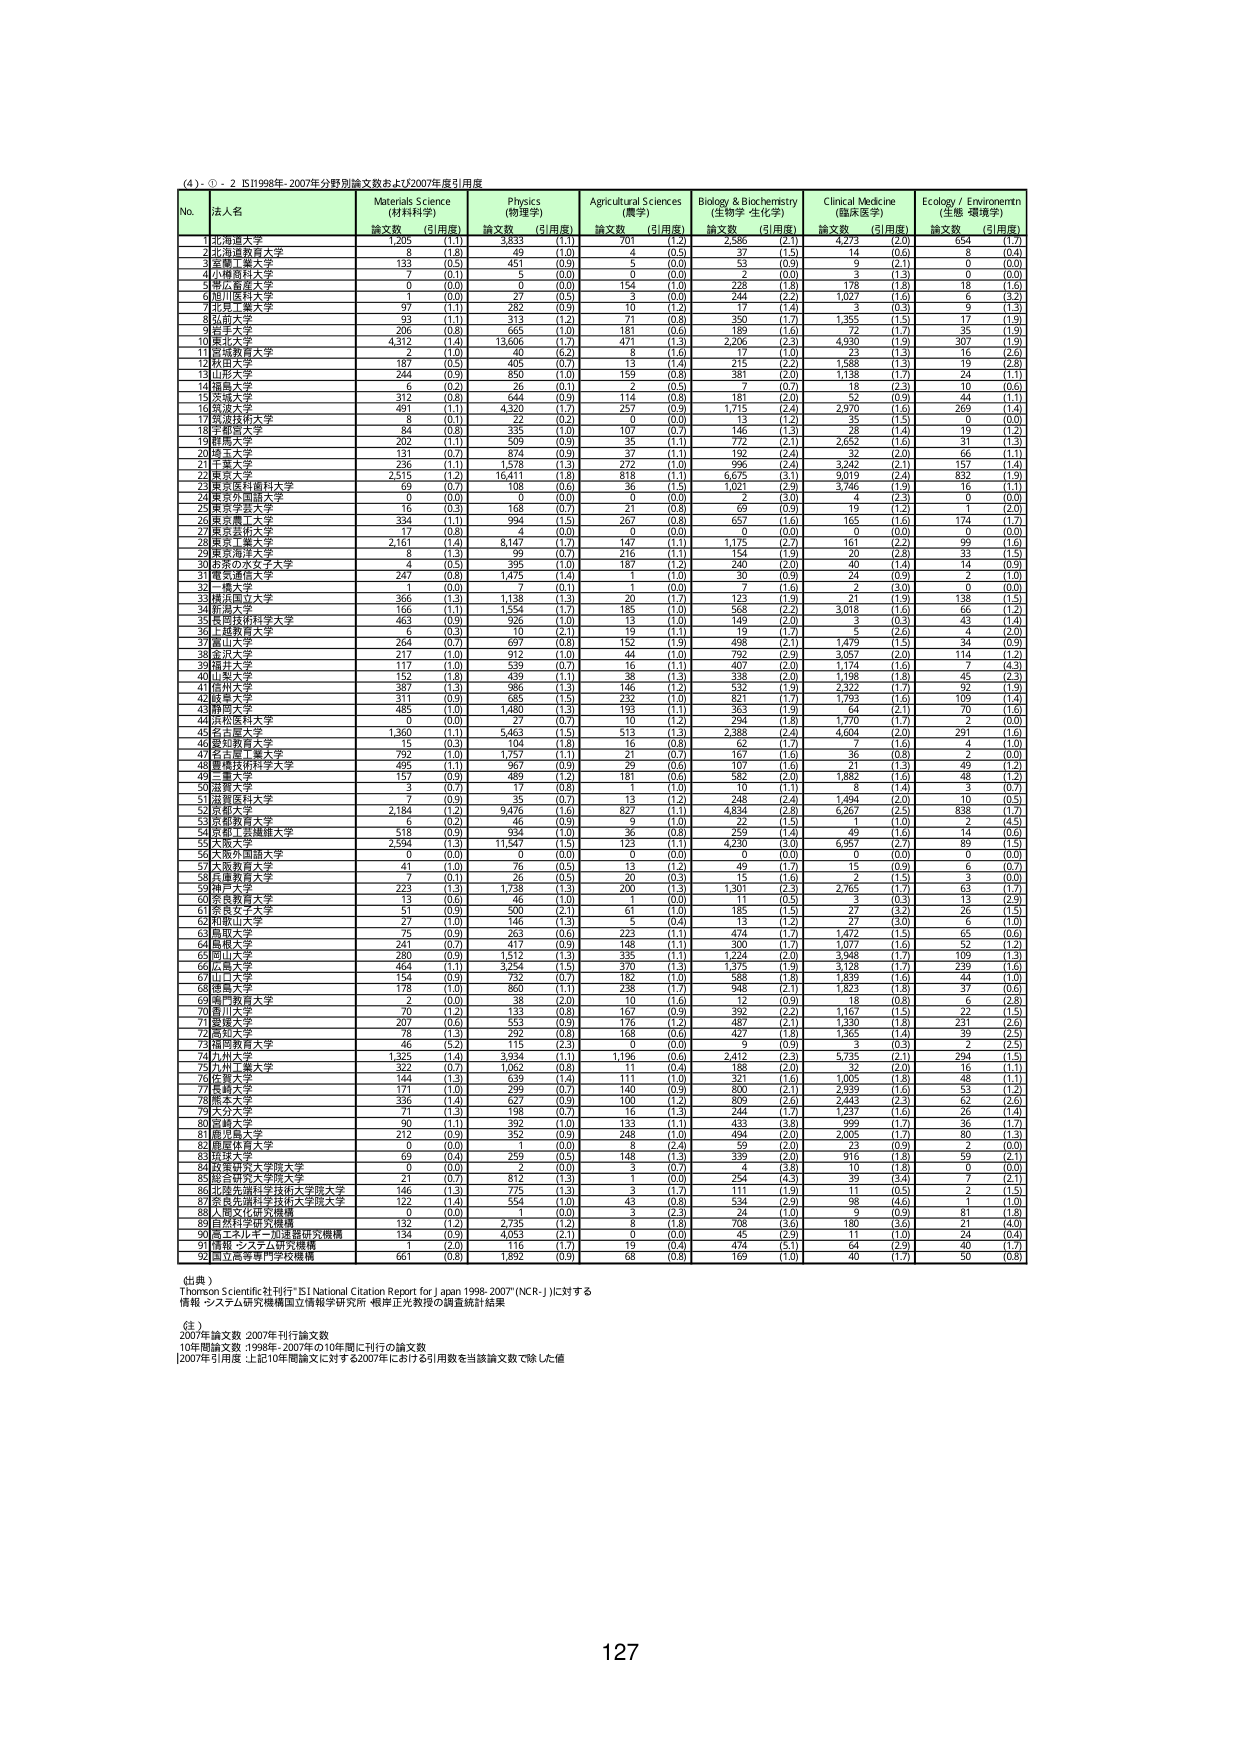
(4)・①・2 IS11998年-2007年分野別論文数および2007年度引用度

No. 法人名 Materials Science (材料科学) Physics (物理学) Agricultural Sciences (農学) Biology & Biochemistry (生物学 生化学) Clinical Medicine (臨床医学) Ecology / Environment (生態 環境学)
論文数 (引用度) 論文数 (引用度) 論文数 (引用度) 論文数 (引用度) 論文数 (引用度) 論文数 (引用度)
1 北海道大学 1,205 (1.1) 3,833 (1.1) 701 (1.2) 2,586 (2.1) 4,273 (2.0) 654 (1.7)
2 北海道教育大学 8 (1.8) 49 (1.0) 4 (0.5) 14 (0.6) 5 (0.4)
3 産業工学大学 133 (0.5) 451 (0.9) 5 (0.0) 53 (0.9) 9 (2.1) 0 (0.0)
4 小樽商科大学 7 (0.1) 5 (0.0) 0 (0.0) 2 (0.0) 3 (1.3) 0 (0.0)
5 東北高等学校 0 (0.0) 0 (0.0) 154 (1.0) 228 (1.8) 178 (1.8) 18 (1.5)
6 旭川医科大学 1 (0.0) 27 (0.5) 3 (0.0) 244 (2.2) 1,027 (1.6) 6 (3.2)
7 北里工業大学 97 (1.1) 282 (0.9) 10 (1.2) 17 (1.4) 3 (0.3) 9 (1.3)
8 弘前大学 93 (1.1) 313 (1.2) 71 (0.8) 350 (1.7) 1,355 (1.5) 17 (1.9)
9 金沢大学 206 (0.8) 665 (1.0) 181 (0.6) 189 (1.6) 72 (1.7) 35 (1.9)
10 東北大学 4,312 (1.4) 13,606 (1.7) 471 (1.3) 2,206 (2.3) 4,930 (1.9) 307 (1.9)
11 宮城教育大学 2 (1.0) 40 (6.2) 8 (1.6) 17 (1.0) 22 (1.3) 16 (2.6)
12 秋田大学 187 (0.5) 406 (0.7) 13 (1.4) 215 (2.2) 1,588 (1.3) 19 (2.8)
13 山形大学 244 (0.9) 850 (1.0) 159 (0.8) 381 (2.0) 1,138 (1.7) 24 (1.1)
14 福島大学 6 (0.2) 26 (0.1) 2 (0.5) 7 (0.7) 18 (2.3) 10 (0.6)
15 茨城大学 372 (0.8) 644 (0.9) 114 (0.8) 181 (2.0) 52 (0.9) 44 (1.1)
16 筑波大学 491 (1.1) 4,320 (1.7) 257 (0.9) 1,715 (2.4) 2,970 (1.6) 269 (1.4)
17 筑波技術大学 8 (0.1) 22 (0.2) 0 (0.0) 13 (1.2) 35 (1.5) 0 (0.0)
18 宇都宮大学 84 (0.8) 335 (1.0) 107 (0.7) 146 (1.3) 28 (1.4) 19 (1.2)
19 群馬大学 202 (1.1) 509 (0.9) 35 (1.1) 772 (2.1) 2,652 (1.6) 31 (1.3)
20 埼玉大学 131 (0.7) 874 (0.9) 37 (1.1) 192 (2.4) 32 (2.0) 66 (1.1)
21 千葉大学 236 (1.1) 1,378 (1.3) 272 (1.0) 996 (2.4) 3,242 (2.1) 157 (1.4)
22 東京大学 2,515 (1.2) 16,411 (1.8) 818 (1.1) 6,625 (3.1) 9,019 (2.4) 832 (1.6)
23 東京医科歯科大学 69 (0.7) 108 (0.6) 36 (1.5) 1,021 (2.9) 3,746 (1.9) 16 (1.1)
24 東京外国語大学 0 (0.0) 0 (0.0) 0 (0.0) 2 (3.0) 4 (2.5) 0 (0.0)
25 東京学芸大学 16 (0.3) 166 (0.7) 21 (0.9) 69 (0.9) 19 (1.2) 1 (2.0)
26 東京農工大学 334 (1.1) 994 (1.5) 267 (0.8) 657 (1.6) 165 (1.6) 174 (1.7)
27 東京芸術大学 17 (0.8) 4 (0.0) 0 (0.0) 0 (0.0) 0 (0.0) 0 (0.0)
28 東京工業大学 2,161 (1.6) 8,147 (1.7) 147 (1.0) 1,175 (2.7) 161 (2.2) 99 (1.6)
29 東京海洋大学 8 (1.3) 99 (0.7) 216 (1.1) 154 (1.9) 20 (2.8) 33 (1.5)
30 お茶の水女子大学 4 (0.5) 395 (1.0) 187 (1.2) 240 (2.0) 40 (1.4) 14 (0.9)
31 電気通信大学 247 (0.8) 1,473 (1.4) 1 (1.0) 30 (0.9) 24 (0.9) 2 (1.0)
32 一橋大学 1 (0.0) 7 (0.1) 1 (0.0) 7 (1.6) 2 (3.0) 0 (0.0)
33 横浜国立大学 366 (1.3) 1,138 (1.3) 20 (1.7) 123 (1.9) 21 (1.9) 138 (1.5)
34 新潟大学 166 (1.1) 1,554 (1.7) 185 (1.0) 568 (2.2) 3,018 (1.6) 66 (1.2)
35 信州大学 463 (0.9) 926 (1.0) 13 (1.0) 149 (2.0) 3 (0.3) 43 (1.6)
36 上越教育大学 6 (0.3) 10 (2.1) 19 (1.1) 19 (1.7) 5 (2.6) 4 (2.0)
37 富山大学 264 (0.7) 697 (0.8) 152 (1.9) 498 (2.1) 1,479 (1.5) 34 (0.9)
38 金沢大学 217 (1.0) 912 (1.0) 44 (1.0) 792 (2.9) 3,057 (2.0) 114 (1.2)
39 福井大学 117 (1.0) 539 (0.7) 16 (1.1) 407 (2.0) 1,174 (1.6) 7 (4.3)
40 山梨大学 152 (1.8) 439 (1.1) 38 (1.3) 338 (2.0) 1,198 (1.8) 45 (2.3)
41 長野大学 387 (1.3) 986 (1.3) 146 (1.2) 532 (1.9) 2,322 (1.7) 32 (1.9)
42 岐阜大学 311 (0.9) 685 (1.5) 225 (1.0) 921 (1.7) 1,765 (1.6) 105 (1.4)
43 静岡大学 485 (1.0) 1,480 (1.3) 193 (1.1) 363 (1.9) 64 (2.1) 70 (1.6)
44 浜松医科大学 0 (0.0) 27 (0.7) 10 (1.2) 294 (1.8) 1,770 (1.7) 2 (0.0)
45 名古屋大学 1,360 (1.1) 5,463 (1.5) 513 (1.1) 2,388 (2.4) 4,604 (2.0) 291 (1.7)
46 愛知教育大学 15 (0.3) 104 (1.8) 16 (0.8) 62 (1.7) 7 (1.6) 24 (1.0)
47 名古屋工業大学 792 (1.0) 1,757 (1.1) 21 (0.7) 167 (1.6) 36 (0.8) 2 (0.0)
48 愛知技術科学大学 496 (1.1) 967 (0.9) 29 (0.6) 107 (1.8) 21 (1.3) 46 (1.2)
49 三重大学 157 (0.9) 489 (1.2) 181 (0.6) 582 (2.0) 1,882 (1.6) 48 (1.2)
50 滋賀大学 3 (0.7) 17 (0.8) 1 (1.0) 10 (1.1) 8 (1.4) 3 (0.7)
51 京都教育大学 7 (0.9) 35 (0.7) 13 (1.2) 248 (2.4) 1,494 (2.0) 10 (0.5)
52 京都大学 2,184 (1.2) 9,476 (1.6) 827 (1.1) 4,834 (2.8) 6,767 (2.5) 838 (1.7)
53 京都薬科大学 6 (0.2) 46 (0.9) 9 (1.0) 22 (1.5) 1 (1.0) 2 (4.5)
54 京都工芸繊維大学 518 (0.9) 934 (1.0) 36 (0.8) 259 (1.4) 49 (1.6) 14 (0.6)
55 大阪大学 2,594 (1.3) 11,547 (1.5) 123 (1.1) 4,230 (3.0) 6,997 (2.7) 89 (1.6)
56 大阪外国語大学 0 (0.0) 0 (0.0) 0 (0.0) 0 (0.0) 0 (0.0) 0 (0.0)
57 大阪教育大学 41 (1.0) 76 (0.5) 13 (1.2) 49 (1.7) 15 (0.9) 6 (0.7)
58 兵庫教育大学 7 (0.1) 26 (0.5) 20 (0.5) 15 (1.6) 2 (1.5) 3 (0.0)
59 神戸大学 223 (1.3) 1,738 (1.3) 200 (1.3) 1,301 (2.3) 2,765 (1.7) 63 (1.7)
60 奈良教育大学 13 (0.6) 46 (1.0) 1 (0.0) 11 (0.5) 3 (0.3) 13 (2.9)
61 奈良女子大学 51 (0.9) 300 (2.1) 61 (1.0) 185 (1.5) 27 (3.2) 26 (1.5)
62 和歌山大学 27 (1.0) 146 (1.3) 5 (0.4) 13 (1.2) 27 (3.0) 6 (1.0)
63 鳥取大学 75 (0.9) 263 (0.6) 223 (1.1) 474 (1.7) 1,472 (1.5) 65 (0.6)
64 島根大学 241 (0.7) 417 (0.9) 148 (1.1) 300 (1.7) 1,077 (1.6) 52 (1.2)
65 岡山大学 280 (0.9) 1,512 (1.3) 335 (1.1) 1,224 (2.0) 3,948 (1.7) 105 (1.2)
66 広島大学 464 (1.1) 3,254 (1.5) 370 (1.3) 1,375 (1.9) 3,128 (1.7) 239 (1.6)
67 山口大学 154 (0.9) 732 (0.7) 182 (1.0) 588 (1.8) 1,839 (1.6) 44 (1.0)
68 徳島大学 178 (1.0) 860 (1.1) 238 (1.7) 948 (2.1) 1,823 (1.8) 37 (0.6)
69 高知教育大学 2 (0.0) 38 (2.0) 10 (1.6) 12 (0.9) 18 (0.8) 6 (2.8)
70 香川大学 70 (1.2) 133 (0.8) 167 (0.9) 392 (2.2) 1,167 (1.5) 22 (1.5)
71 愛媛大学 207 (0.6) 353 (0.9) 176 (1.2) 487 (2.1) 1,330 (1.8) 231 (2.6)
72 高知大学 78 (1.3) 293 (0.8) 168 (0.6) 427 (1.8) 1,365 (1.4) 39 (2.5)
73 福岡教育大学 46 (5.2) 115 (2.3) 0 (0.0) 9 (0.9) 3 (0.3) 2 (2.5)
74 九州大学 1,325 (1.4) 3,934 (1.1) 1,196 (0.6) 2,412 (2.3) 5,735 (2.1) 294 (1.5)
75 九州工業大学 322 (0.7) 1,062 (0.8) 11 (0.4) 188 (2.0) 32 (2.0) 16 (1.1)
76 佐賀大学 144 (1.3) 639 (1.4) 111 (1.0) 321 (1.6) 1,005 (1.8) 48 (1.1)
77 長崎大学 171 (1.0) 299 (0.7) 140 (0.9) 800 (2.1) 2,339 (1.6) 53 (1.2)
78 熊本大学 336 (1.4) 627 (0.9) 100 (1.2) 809 (2.6) 2,443 (2.3) 62 (2.6)
79 大分大学 71 (1.3) 198 (0.7) 16 (1.3) 244 (1.7) 1,237 (1.6) 26 (1.4)
80 宮崎大学 90 (1.1) 392 (1.0) 133 (1.1) 433 (3.8) 999 (1.7) 36 (1.7)
81 鹿児島大学 212 (0.9) 352 (0.9) 248 (1.0) 494 (2.0) 2,005 (1.7) 80 (1.5)
82 鹿屋体育大学 0 (0.0) 8 (0.0) 8 (2.4) 69 (2.0) 2 (0.9) 2 (0.0)
83 琉球大学 69 (0.4) 259 (0.5) 148 (1.3) 339 (2.0) 916 (1.8) 59 (2.1)
84 政策研究大学院大学 0 (0.0) 2 (0.0) 3 (0.7) 4 (3.8) 10 (1.8) 0 (0.0)
85 総合研究大学院大学 21 (0.7) 817 (1.3) 1 (0.0) 254 (4.3) 39 (3.4) 7 (2.1)
86 北海道先端科学技術大学院大学 146 (1.3) 775 (1.3) 3 (1.7) 111 (1.9) 11 (0.5) 2 (1.5)
87 奈良先端科学技術大学院大学 122 (1.4) 554 (1.0) 43 (0.8) 534 (2.9) 98 (4.6) 1 (1.0)
88 人間文化研究機構 0 (0.0) 1 (0.0) 3 (2.3) 24 (1.0) 9 (0.9) 81 (1.8)
89 自然科学研究機構 132 (1.2) 2,735 (1.2) 8 (1.8) 708 (3.6) 180 (3.6) 21 (4.0)
90 高エネルギー加速器研究機構 134 (0.9) 4,053 (2.1) 0 (0.0) 45 (2.9) 11 (1.0) 24 (0.4)
91 情報・システム研究機構 1 (2.0) 116 (1.7) 19 (0.4) 474 (5.1) 64 (2.9) 40 (1.7)
92 国立研究開発法人機構 661 (0.9) 1,892 (0.9) 68 (0.8) 169 (1.0) 40 (1.7) 50 (0.8)

(出典)
Thomson Scientific社刊行"ISI National Citation Report for Japan 1998-2007"(NCR-J)に対する
情報・システム研究機構国立情報学研究所 根岸正光教授の調査統計結果

(注)
2007年論文数 2007年刊行論文数
10年間論文数 1998年-2007年の10年間に刊行の論文数
[2007年引用度 :上記10年間論文に対する2007年における引用数を当該論文数で除した値

127